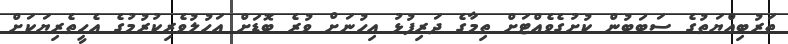
ތަރުބިއްޔަތުގެ ސަބަބުން ކުށުގެވެއްޓަށް ތިމާގެ ދަރިފުޅު އިހުނަށް ވުރެ ބޮޑަށް އަހުލުވެރިކުރުމުގެ އެހީތެރިޔަކަށް